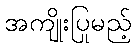
အကျိုးပြုမည့်